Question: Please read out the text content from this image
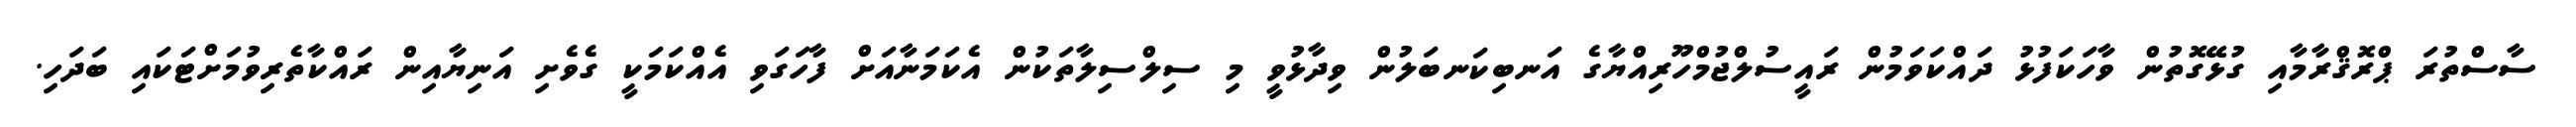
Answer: ސާސްތުރަ ޕްރޮޤްރާމާއި ގުޅޭގޮތުން ވާހަކަފުޅު ދައްކަވަމުން ރައީސުލްޖުމްހޫރިއްޔާގެ އަނބިކަނބަލުން ވިދާޅުވީ މި ސިލްސިލާތަކުން އެކަމަނާއަށް ފާހަގަވި އެއްކަމަކީ ގެވެށި އަނިޔާއިން ރައްކާތެރިވުމަށްޓަކައި ބަދަހި.